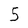
Character: 5